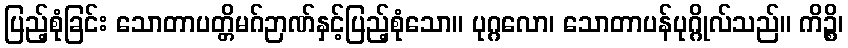
ပြည့်စုံခြင်း သောတာပတ္တိမဂ်ဉာဏ်နှင့်ပြည့်စုံသော။ ပုဂ္ဂလော၊ သောတာပန်ပုဂ္ဂိုလ်သည်။ ကိဉ္စိ၊